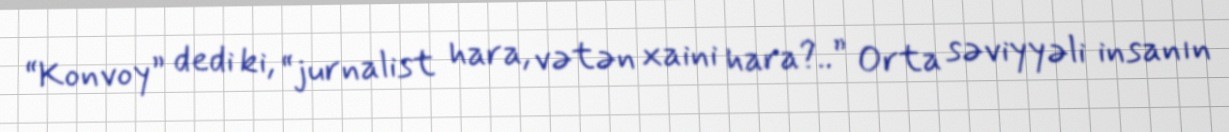
“Konvoy” dedi ki, “jurnalist hara, vətən xaini hara?..” Orta səviyyəli insanın